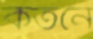
কর্তনে